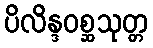
ပိလိန္ဒဝစ္ဆသုတ္တ